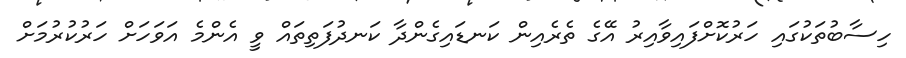
ހިސާބުތަކުގައި ހަރުކޮށްފައިވާއިރު އޭގެ ތެރެއިން ކަނޑައިގެންދާ ކަނދުފަތިތައް ވީ އެންމެ އަވަހަށް ހަރުކުރުމަށް